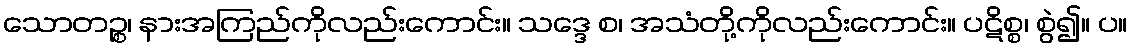
သောတဉ္စ၊ နားအကြည်ကိုလည်းကောင်း။ သဒ္ဒေ စ၊ အသံတို့ကိုလည်းကောင်း။ ပဋိစ္စ၊ စွဲ၍။ ပ။